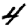
Digit: 4